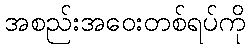
အစည်းအဝေးတစ်ရပ်ကို